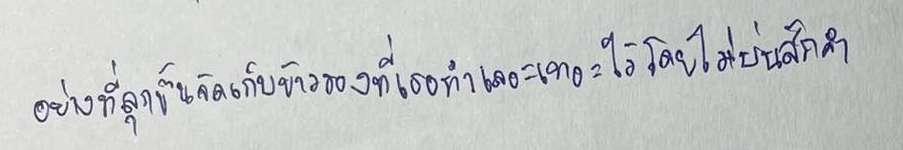
อย่างที่ลุกขึ้นจัดเก็บข้าวของที่เธอทำเลอะเทอะไว้โดยไม่บ่นสักคำ